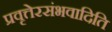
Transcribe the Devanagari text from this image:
प्रवृत्तेरसंभवादिति